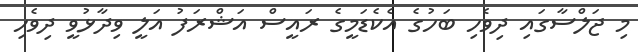
މި ޖަލްސާގައި ދިވެހި ބަހުގެ އެކެޑަމީގެ ރައީސް އަޝްރަފު އަލީ ވިދާޅުވީ ދިވެހި